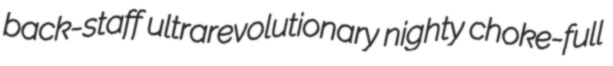
back-staff ultrarevolutionary nighty choke-full